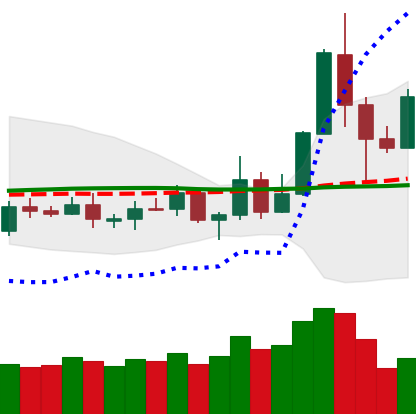
Ticker: TRX-USD
Chart end date: 2019-05-19
Forward return: -4.369%
Label: down_3_5